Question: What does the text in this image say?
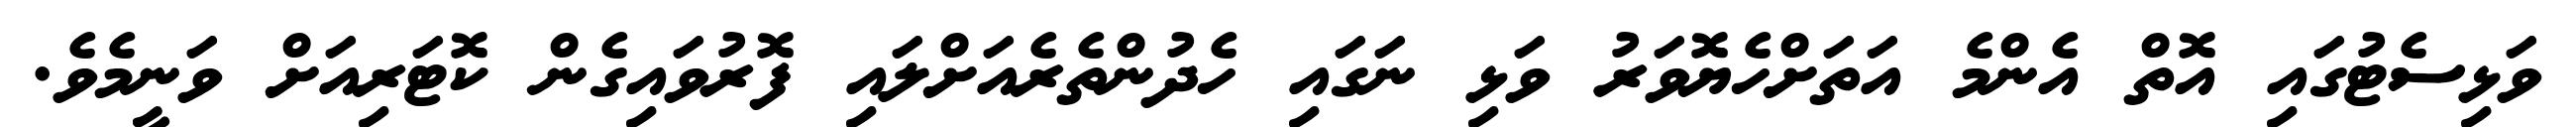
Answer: ވަޅިސެޓުގައި އޮތް އެންމެ އަތަށްހެޔޮވަރު ވަޅި ނަގައި ހެދުންތެރެއަށްލައި ފޮރުވައިގެން ކޮޓަރިއަށް ވަނީމެވެ.